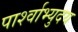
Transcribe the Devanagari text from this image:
पार्श्वाभ्युदय